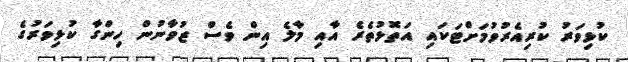
ކުޅިވަރު ކުރިއެރުވުމަށްޓަކައި އަތޮޅުތެރެ އާއި މާލެ އިން ވެސް ޒުވާނުން ހިންގާ ކުޅިވަރުގެ